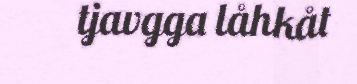
tjavgga låhkåt